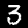
Label: 3